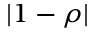
| 1 - \rho |